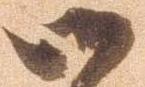
御